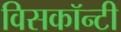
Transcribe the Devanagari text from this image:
विसकॉन्टी